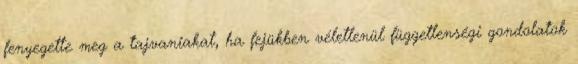
fenyegette meg a tajvaniakat, ha fejükben véletlenül függetlenségi gondolatok